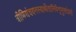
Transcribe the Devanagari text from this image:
त्रीणिसंचयनस्यार्थेतानिवैशृणुसांप्रतं